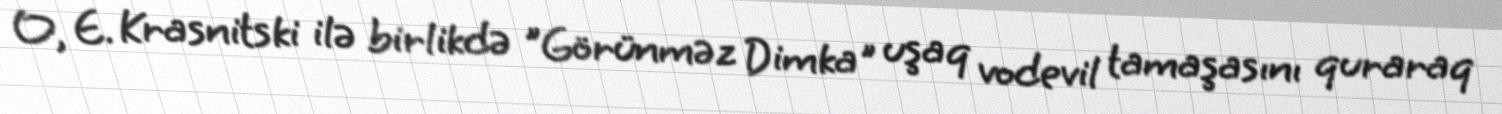
O, E. Krasnitski ilə birlikdə "Görünməz Dimka" uşaq vodevil tamaşasını quraraq